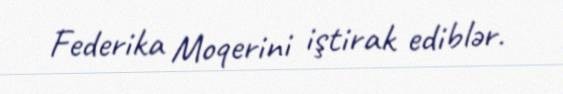
Federika Moqerini iştirak ediblər.